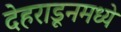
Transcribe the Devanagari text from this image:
देहराडूनमध्ये